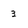
Character: 3